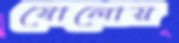
ষোলোয়